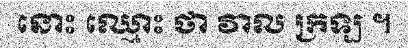
នោះ ឈ្មោះ ថា វាល ក្រឡ ។